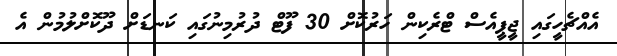
އެއްޗެހީގައި ޖީޕީއެސް ޓްރެކިން ހަރުކޮށް 30 ފޫޓް ދުރުމިނުގައި ކަނޑަށް ދޫކޮށްލުމުން އެ